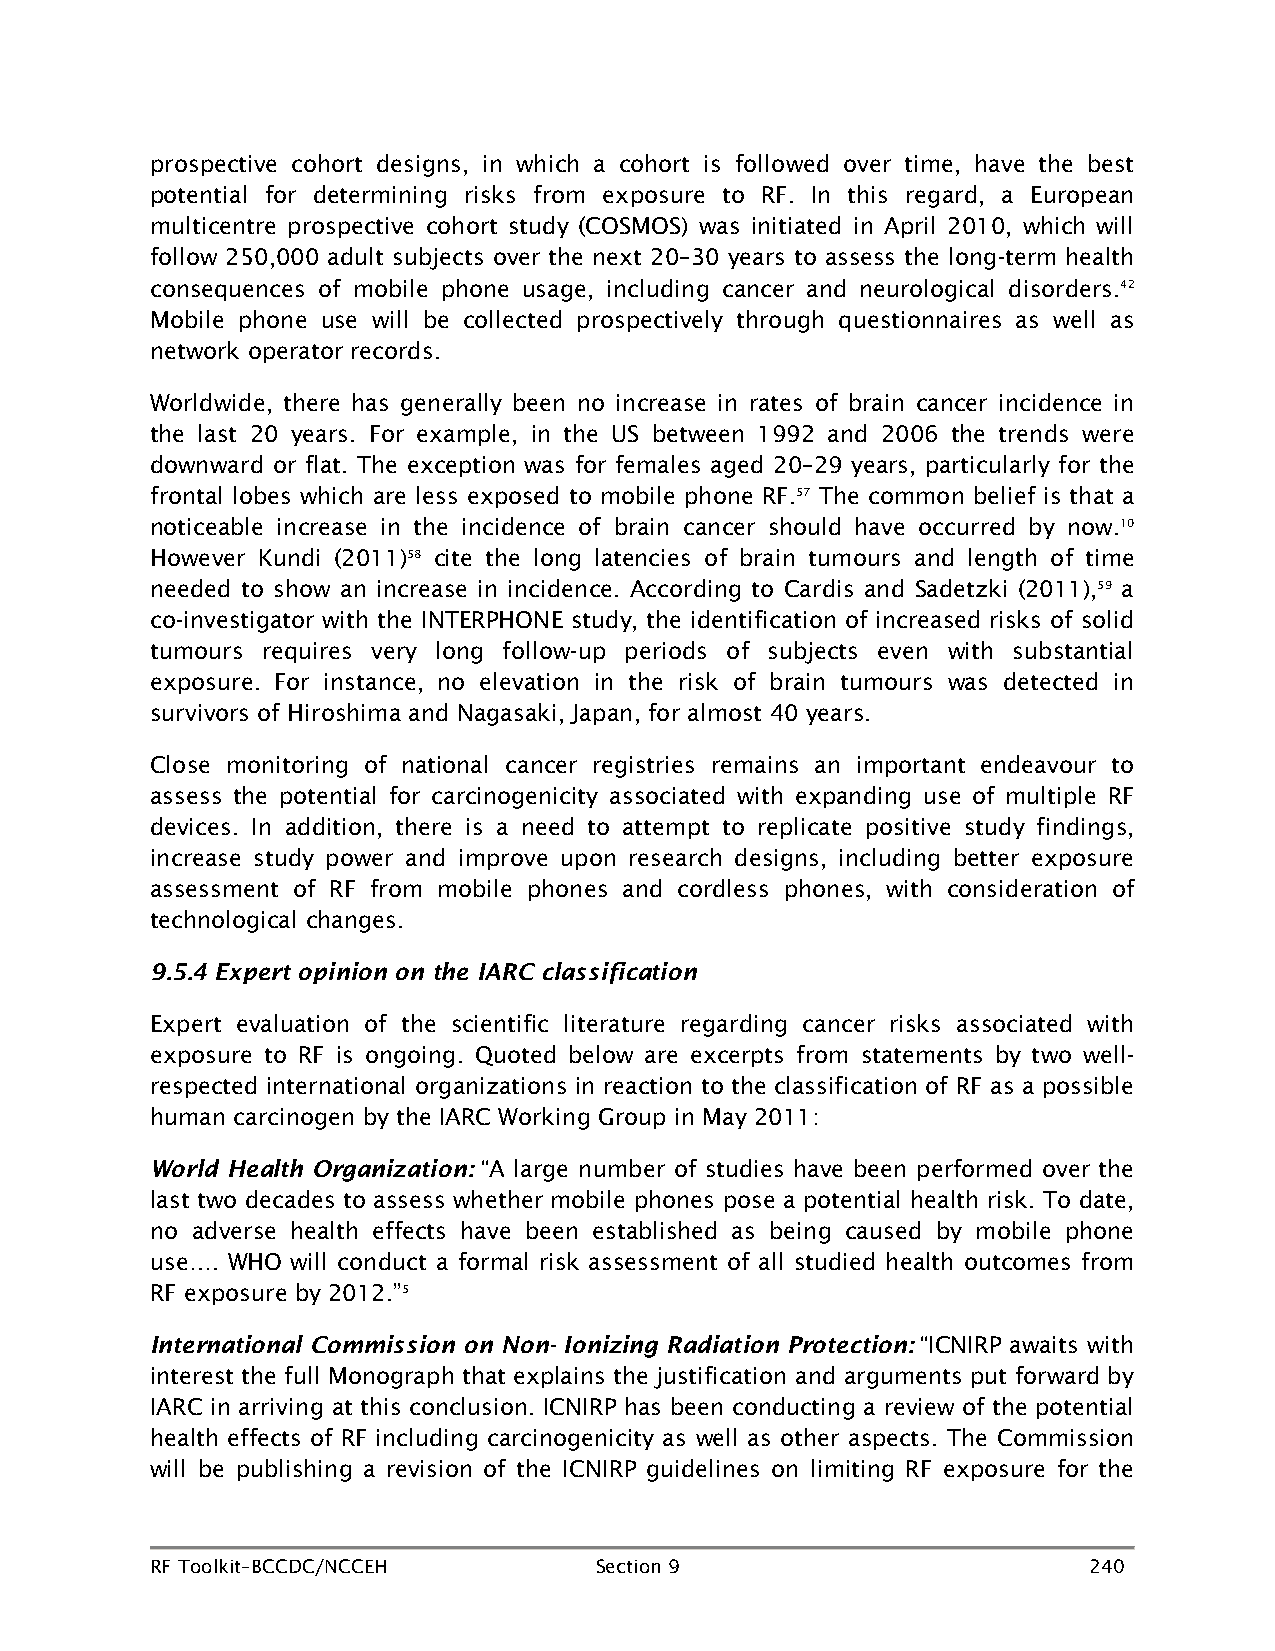
prospective cohort designs, in which a cohort is followed over time, have the best
 potential for determining risks from exposure to RF. In this regard, a European
 multicentre prospective cohort study (COSMOS) was initiated in April 2010, which will
 follow 250,000 adult subjects over the next 20–30 years to assess the long-term health
 consequences of mobile phone usage, including cancer and neurological disorders.42
 Mobile phone use will be collected prospectively through questionnaires as well as
 network operator records.
 Worldwide, there has generally been no increase in rates of brain cancer incidence in
 the last 20 years. For example, in the US between 1992 and 2006 the trends were
 downward or flat. The exception was for females aged 20–29 years, particularly for the
 frontal lobes which are less exposed to mobile phone RF.57 The common belief is that a
 noticeable increase in the incidence of brain cancer should have occurred by now.10
 However Kundi (2011)58 cite the long latencies of brain tumours and length of time
 needed to show an increase in incidence. According to Cardis and Sadetzki (2011),59 a
 co-investigator with the INTERPHONE study, the identification of increased risks of solid
 tumours requires very long follow-up periods of subjects even with substantial
 exposure. For instance, no elevation in the risk of brain tumours was detected in
 survivors of Hiroshima and Nagasaki, Japan, for almost 40 years.
 Close monitoring of national cancer registries remains an important endeavour to
 assess the potential for carcinogenicity associated with expanding use of multiple RF
 devices. In addition, there is a need to attempt to replicate positive study findings,
 increase study power and improve upon research designs, including better exposure
 assessment of RF from mobile phones and cordless phones, with consideration of
 technological changes.
 9.5.4 Expert opinion on the IARC classification
 Expert evaluation of the scientific literature regarding cancer risks associated with
 exposure to RF is ongoing. Quoted below are excerpts from statements by two well-
 respected international organizations in reaction to the classification of RF as a possible
 human carcinogen by the IARC Working Group in May 2011:
 World Health Organization: “A large number of studies have been performed over the
 last two decades to assess whether mobile phones pose a potential health risk. To date,
 no adverse health effects have been established as being caused by mobile phone
 use…. WHO will conduct a formal risk assessment of all studied health outcomes from
 RF exposure by 2012.”5
 International Commission on Non- Ionizing Radiation Protection: “ICNIRP awaits with
 interest the full Monograph that explains the justification and arguments put forward by
 IARC in arriving at this conclusion. ICNIRP has been conducting a review of the potential
 health effects of RF including carcinogenicity as well as other aspects. The Commission
 will be publishing a revision of the ICNIRP guidelines on limiting RF exposure for the
 RF Toolkit–BCCDC/NCCEH       Section 9                        240